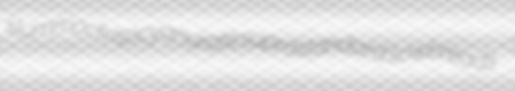
slummock isocyanurate suprastandard sowbreads